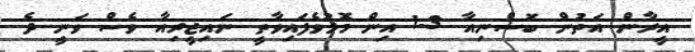
އީރާން އަތުން ބޮސްނިއާ 3-1 އިން މޮޅުވެފައިވާތީ ނައިޖީރިއާ ވެސް ވަނީ ދެ